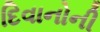
દિવાનોની